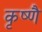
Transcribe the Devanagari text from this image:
कृष्णै